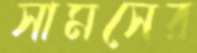
সামসের